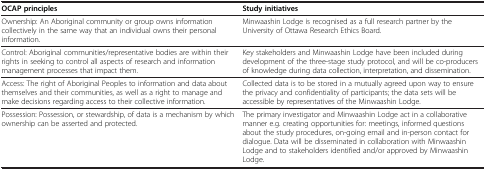
<table><thead><tr><td><b>OCAP principles</b></td><td><b>Study initiatives</b></td></tr></thead><tbody><tr><td>Ownership: An Aboriginal community or group owns information collectively in the same way that an individual owns their personal information.</td><td>Minwaashin Lodge is recognised as a full research partner by the University of Ottawa Research Ethics Board.</td></tr><tr><td>Control: Aboriginal communities/representative bodies are within their rights in seeking to control all aspects of research and information management processes that impact them.</td><td>Key stakeholders and Minwaashin Lodge have been included during development of the three-stage study protocol, and will be co-producers of knowledge during data collection, interpretation, and dissemination.</td></tr><tr><td>Access: The right of Aboriginal Peoples to information and data about themselves and their communities, as well as a right to manage and make decisions regarding access to their collective information.</td><td>Collected data is to be stored in a mutually agreed upon way to ensure the privacy and confidentiality of participants; the data sets will be accessible by representatives of the Minwaashin Lodge.</td></tr><tr><td>Possession: Possession, or stewardship, of data is a mechanism by which ownership can be asserted and protected.</td><td>The primary investigator and Minwaashin Lodge act in a collaborative manner e.g. creating opportunities for: meetings, informed questions about the study procedures, on-going email and in-person contact for dialogue. Data will be disseminated in collaboration with Minwaashin Lodge and to stakeholders identified and/or approved by Minwaashin Lodge.</td></tr></tbody></table>